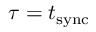
\tau = t _ { \mathrm { s y n c } }